Vital statistics of India. Vol. IV, Annual returns from 1871 to 1876. British Army of India, Native Army and jails of Bengal
Year: 1871
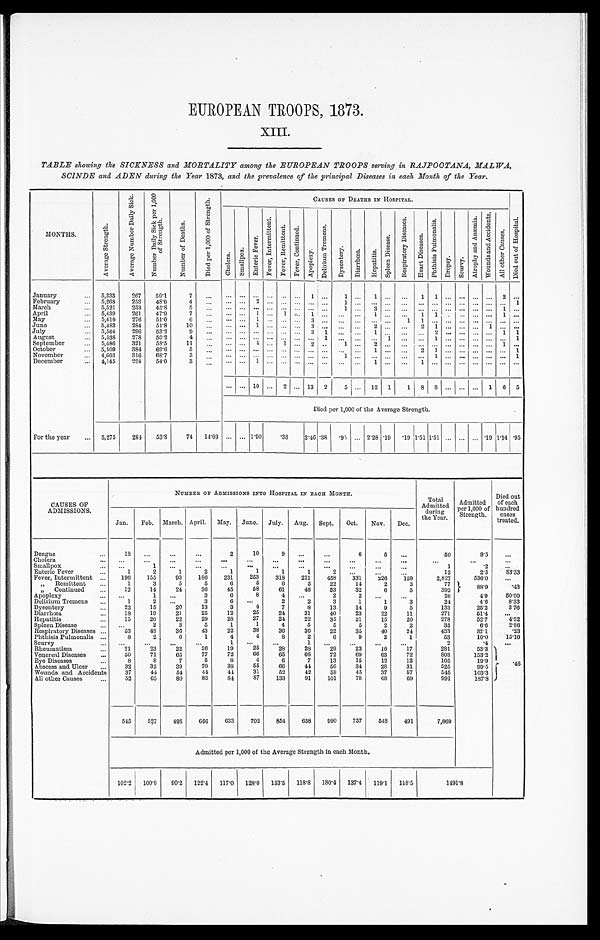
EUROPEAN TROOPS, 1873.
XIII.
TABLE showing the SICKNESS and MORTALITY among the EUROPEAN TROOPS serving in RAJPOOTANA, MALWA,
SCINDE and ADEN during the Year 1873, and the prevalence of the principal Diseases in each Month of the Year.
MONTHS.
A v e r a g e S t r e n g t h .
A v e r a g e N u m b e r D a i l y S i c k .
N u m b e r D a i l y S i c k p e r 1 , 0 0 0 o f S t r e n g t h .
N u m b e r o f D e a t h s .
D i e d p e r 1 , 0 0 0 o f S t r e n g t h .
CAUSES OF DEATHS IN HOSPITAL.
C h o l e r a . S m a l l p o x .
E n t e r i c F e v e r .
F e v e r , i n t e r m i t t e n t .
F e v e r , R e mi t t e n t . F e v e r , C o n t i n u e d .
A p o p l e x y .
D e l i r i u m T r e m e n s .
D y s e n t e r y . D i a r r h œ a .
H e p a t i t i s .
S p l e e n D i s e a s e .
R e s p i r a t o r y D i s e a s e s .
H e a r t D i s e a s e s .
P h t h i s i s P u l m o n a l i s .
D r o p s y .
S c u r v y .
A t r o p h y a n d A n æ m i a . W o u n d s a n d A c c i d e n t s .
A l l o t h e r C a u s e s .
D i e d o u t o f H o s p i t a l .
January . . .
5,333
267
50.1
7
. . .
. . .
. . .
. . .
. . .
. . . . . .
1 . . . 1
. . .
1
. . .
. . .
1
1
. . .
. . .
. . .
. . .
2 . . .
February . . .
5,268
253
48.0
4
. . .
. . .
. . .
2
. . .
. . . . . .
. . . . . .
1
. . .
. . .
. . .
. . .
. . .
. . . . . .
. . . . . .
. . .
. . . 1
March . . .
5,521
253
45.8
5
. . .
. . .
. . .
. . .
. . .
. . . . . .
. . . . . .
1 . . .
3
. . .
. . .
. . .
. . .
. . .
. . .
. . .
. . .
1 . . .
April . . .
5,439
261
47.9
7
. . .
. . .
. . .
1
. . . 1 . . .
1 . . .
. . . . . .
1
. . .
. . . 1 1
. . . . . .
. . .
. . .
1 . . .
May . . .
5,410
276
51.0
6
. . .
. . .
. . .
1
. . .
. . . . . .
3 . . .
. . . . . .
. . .
. . .
1
1
. . .
. . .
. . .
. . .
. . .
. . .
. . .
June . . .
5,483
284
51.8
10
. . .
. . .
. . .
1
. . .
. . . . . .
3 . . .
. . . . . .
2
. . .
. . .
2
1
. . .
. . .
. . .
1
. . .
. . .
July . . .
5,564
296
53.2
9
. . .
. . .
. . .
. . .
. . .
. . . . . .
3 1
. . . . . .
1
. . .
. . .
. . .
2
. . .
. . .
. . .
. . . 1 1
August . . .
5,538
278
50.2
4
. . .
. . . . . . . . .
. . . . . . . . .
. . . 1
. . . . . .
. . . 1
. . .
. . . 1
. . .
. . .
. . . . . .
. . . 1
September . . .
5,486
321
53.5
11
. . .
. . . . . . 4
. . . 1 . . . 2
. . .
1
. . .
2
. . .
. . .
. . .
. . .
. . .
. . . . . .
. . .
1 . . .
October . . .
5,509
384
69.6
5
. . .
. . .
. . . . . .
. . . . . . . . .
. . . . . .
. . .
. . .
1
. . .
. . .
2
1
. . .
. . .
. . .
. . .
. . .
1
November . .
4,603
316
68.7
3
. . .
. . .
. . . . . .
. . . . . . . . .
. . . . . .
1
. . .
. . .
. . .
. . .
. . .
1
. . .
. . .
. . .
. . .
. . .
1
December . . .
4,145
224
54.0
3
. . .
. . .
. . .
1
. . .
. . . . . .
. . . . . . . . . . . .
1
. . .
. . .
1
. . .
. . .
. . .
. . .
. . .
. . .
. . .
. . .
. . . 10
. . . 2 . . . 13
2
5
. . . 12 1
1 8
8
. . . . . .
. . . 1
6 5
Died per 1,000 of the Average Strength.
For the year . . .
5,275
284
53.8
74
14.03
. . .
. . . 1.90
.38 2.46 .38
. 95 . . . 2.28 .19
. 1 9
1 . 5 1 1.51
. . .
. . .
. . . .19 1.14 .95
CAUSES OF
ADMISSIONS.
NUMBER OF ADMISSIONS INTO HOSPITAL IN EACH MONTH.
Total
Admitted
durin g t h e Y e a r .
Admitted
per 1,000 of
Strength.
Died out
of each
hundred
cases
treated.
Jan.
Feb. March. April. May. June. July. Aug. Sept.
Oct.
Nov.
Dec.
Dengue . . .
1 8
. . .
. . .
. . .
2
10
9
. . .
. . .
6
5
. . .
50
9.5
. . .
Cholera . . .
. . .
. . .
. . .
. . .
. . .
. . .
. . .
. . .
. . .
. . .
. . .
. . .
. . .
. . .
. . .
S m a l l p o x . . .
. . .
1
. . .
. . .
. . .
. . .
. . .
. . .
. . .
. . .
. . .
. . .
1
.2
. . .
Enteric Fever . . .
1
2
1
2
1
1
1
1
2
. . .
. . .
. . .
12
2.3
83.33
Fever, Intermittent . . .
196
155
93
186
231
253
318
221
458
331
226
159
2,827
536.0
. . .
" Remittent . . .
3
5
5
6
5
6
5
22
14
2
3
77
88.9
.43
1
" Continued . . .
12
14
24
36
45
58
61
46
53
32
6
5
392
Apoplexy . . .
. . .
1
. . .
3
6
8
4
. . .
2
2
. . .
. . .
2 6
4.9
50.00
24
4.6
8.33
Delirium Tremens . . .
1
2
. . .
3
6
. . .
2
2
3
1
1
3
133
25.2
3.76
Dysentery . . .
22
15
20
13
3
4
7
8
13
14
9
5
51.4
. . .
271
D i a r r h œ a . . .
18
19
21
25
12
25
24
31
40
23
22
11
52.7
4.32
22
278
Hepatitis . . .
15
20
22
29
28
27
24
35
21
15
20
35
6.6
2.86
Spleen Disease . . .
. . .
2
3
5
1
1
4
5
5
5
2
2
82.1
.23
36
433
Respiratory Diseases . . .
53
48
36
43
22
38
36
22
35
40
24
Phthisis Pulmonalis . . .
8
2
6
1
4
4
8
2
6
9
2
1
53
10.0
15.10
1
Scurvy . . .
. . .
. . .
. . .
. . .
1
. . .
. . .
. . .
. . .
. . .
. . .
2
.4
. . .
25
Rheumatism . . .
21
23
22
36
19
28
28
29
23
10
17
281
53.3
.46
72
808
153.2
Venereal Diseases . . .
50
71
65
77
72
66
65
66
72
69
63
19.9
105
Eye Diseases . . .
8
8
7
5
8
4
6
7
13
15
12
12
99.5
525
Abscess and Ulcer . . .
32
32
39
70
38
55
66
44
56
34
28
31
Wounds and Accidents
37
44
54
44
44
31
52
42
58
45
37
57
545
103.3
83
84
87
133
91
101
78
68
69
991
187.8
All other Causes . . .
52
65
80
545
527
498
666
633
702
854
658
990
757
548
491
7,869
Admitted per 1,000 of the Average Strength in each Month.
102.2 100.0
90.2
122.4 117.0
128.0
153.5
118.8
180.4 137.4
119.1
118.5
1491.8